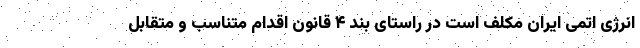
انرژی اتمی ایران مکلف است در راستای بند ۴ قانون اقدام متناسب و متقابل